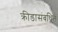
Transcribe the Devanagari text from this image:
क्रीडासंबधित